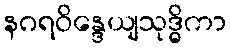
နဂရဝိန္ဒေယျသုဒ္ဓိကာ